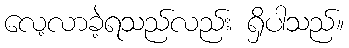
လေ့လာခဲ့ရသည်လည်း ရှိပါသည်။